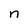
Character: n